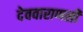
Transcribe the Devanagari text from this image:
देववाराणसी